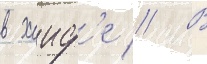
в хаиф'е // В